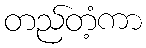
တည်တံ့ကာ